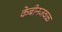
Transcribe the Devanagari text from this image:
केबीनजवळ